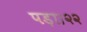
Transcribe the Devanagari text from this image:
पड़ा।२२